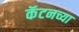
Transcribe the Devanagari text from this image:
कॅटनच्या